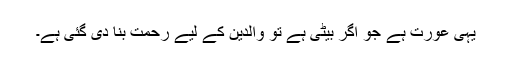
یہی عورت ہے جو اگر بیٹی ہے تو والدین کے لیے رحمت بنا دی گئی ہے۔